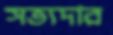
সত্যদার